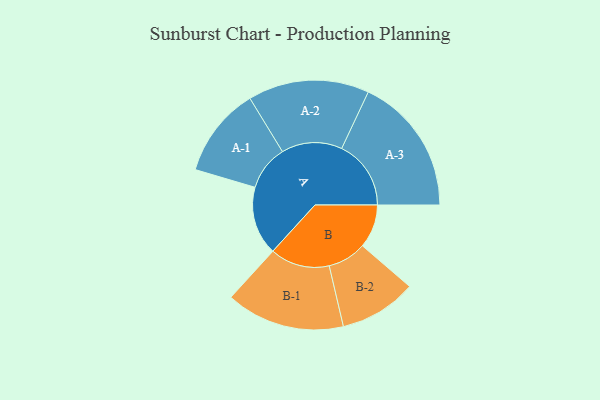
{"axis": {"x": "Segment", "y": "Value"}, "legend": ["", "A", "B"], "data": [{"x": "A", "y": 181, "type": ""}, {"x": "B", "y": 115, "type": ""}, {"x": "A-1", "y": 119, "type": "A"}, {"x": "A-2", "y": 160, "type": "A"}, {"x": "A-3", "y": 183, "type": "A"}, {"x": "B-1", "y": 157, "type": "B"}, {"x": "B-2", "y": 102, "type": "B"}]}